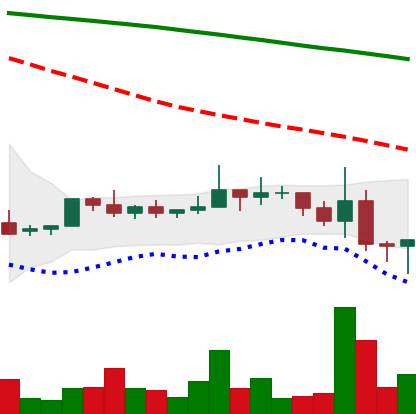
Ticker: NEO-USD
Chart end date: 2022-06-15
Forward return: -8.08%
Label: down_7plus